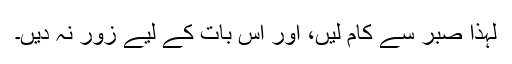
لہٰذا صبر سے کام لیں، اور اس بات کے لیے زور نہ دیں۔